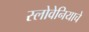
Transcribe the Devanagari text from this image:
स्लोवेनियाचे